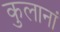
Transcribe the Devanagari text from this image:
कुलानां